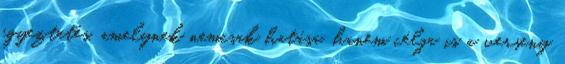
egyeztetés, amelynek nemcsak hatása, hanem célja is a verseny